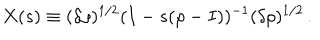
X ( s ) \equiv ( \delta \rho ) ^ { 1 / 2 } ( I - s ( \rho - I ) ) ^ { - 1 } ( \delta \rho ) ^ { 1 / 2 } \, .